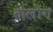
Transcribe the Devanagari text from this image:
तोलोंग